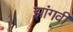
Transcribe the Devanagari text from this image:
झांगवी